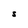
Character: S